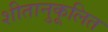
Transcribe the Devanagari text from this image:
शीतानुकूलित